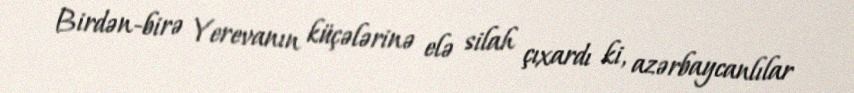
Birdən-birə Yerevanın küçələrinə elə silah çıxardı ki, azərbaycanlılar